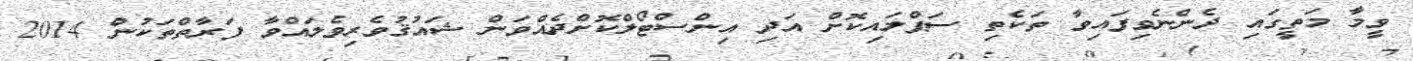
ވީމާ މަތީގައި ދެންނެވިފައިވާ ތަކެތި ސަޕްލައިކޮށް އަދި އިންސްޓޯލްކޮށްދެއްވަން ޝައުޤުވެރިވެލައްވާ ފަރާތްތަކުން 2014